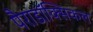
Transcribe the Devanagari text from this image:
पैराडॉक्सिकल